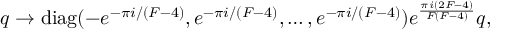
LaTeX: q \to \mathrm { d i a g } ( - e ^ { - \pi i / ( F - 4 ) } , e ^ { - \pi i / ( F - 4 ) } , \ldots , e ^ { - \pi i / ( F - 4 ) } ) e ^ { \frac { \pi i ( 2 F - 4 ) } { F ( F - 4 ) } } q ,